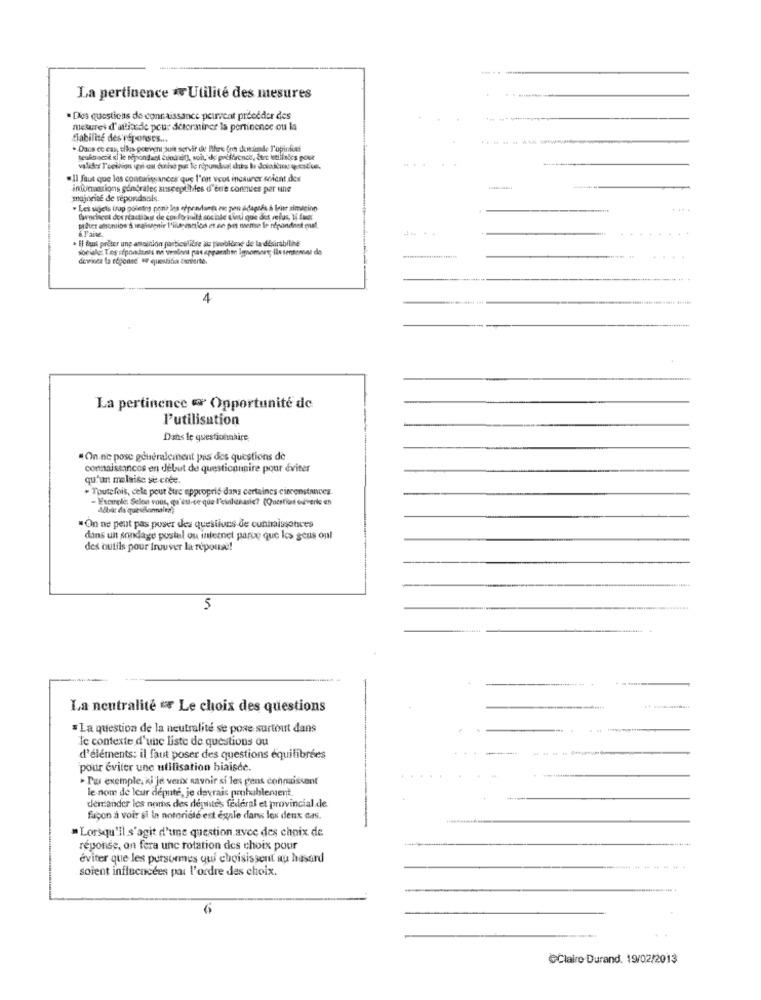
La pertinence * Utilité des mesures
· Des questions de connaissance peuvent preceder des
meturet d'attitude pour déterminer is pertinence ou la
fiabilité des réponses ...
----
. Dans ce cas, siis poeineni quit servir de Ihre frin cheminde l'opinfit
valider Technion igri on dulve pat Te repuntual dits ba dataltro q cit us.
.Il faut que les contarissances que l'on veut incaurer solent des
informations generales susceptibles d'ene conmiles por tine
majorité de répondanis.
· Les sujets trap poletny pon? les ofpendantk wie pan ádagaés à beitr simagino
Canchicet dou reactibus de conformité sociale cinti que des refus, Il fun
prêtet amomion t weaisepnie 1'ilt maticc et ne pis mense le répondnet mat
a l'aise.
· El dani prêter ung anounión particulière as problème de la désirabithe
devinza ta réponse o queuridia činierte.
4
La pertinence Opportunité de
l'utilisation
Dans le questionnaire,
On ne pose généralcinent pas des questions de
connaissances en début de questicounire pour éviter
qu'un malaise se crée.
. Toutefois, cela peut être approprié dans certaines circonstances.
- Escarole: Selon vous, qu'est-ce que l'eulinasie? (Question ouverte en
·On ne peut pas poser des questions de cunhaissotives
dans un sondage postal ou internet parce que les gens oul
des outils pour trouver la réponse!
5
La neutralité ** Le choix des questions
· La question de la neutralité se pose surtout dans
le contexte d'une liste de questions ou
d'éléments: il faut poser des questions équilibrées
pour éviter une utilisation biaisde.
» Par exemple, ki'je veux savoir si les gens connaissent
le nom de leur député, je devrais probablement.
demander les noms des députés federal et provincial de.
façon à voir si in notoriété est égale dans les deux cas.
= Lorsqu'il s'agit d'une question avce des choix de
réponse, on fera unc rotation des choix pour
éviter que les pursommes qui choisissent au hasard
soient influencées pax l'ordre des choix.
@Claire Durand. 19/02/2013